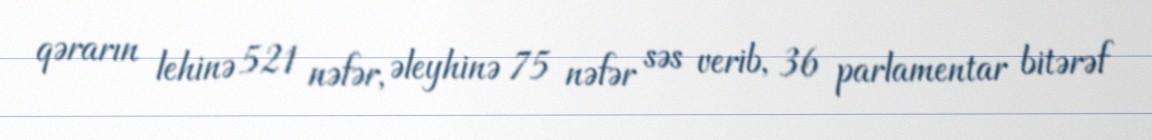
qərarın lehinə 521 nəfər, əleyhinə 75 nəfər səs verib, 36 parlamentar bitərəf